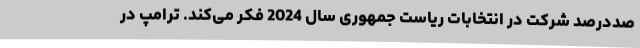
صددرصد شرکت در انتخابات ریاست جمهوری سال 2024 فکر می‌کند. ترامپ در